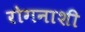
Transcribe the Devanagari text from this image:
रोगनाशी